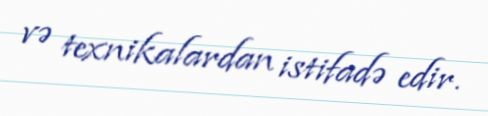
və texnikalardan istifadə edir.